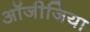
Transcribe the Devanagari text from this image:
ऑजीजिया